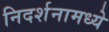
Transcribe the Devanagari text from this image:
निदर्शनामध्ये